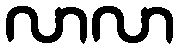
လာလာ